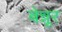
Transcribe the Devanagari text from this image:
बेन्नूर